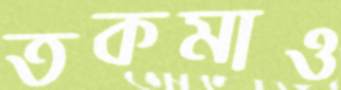
তকমাও